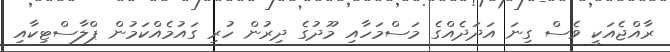
ރާއްޖެއަކީ ވެސް ގިނަ އަދަދެއްގެ މަސްމަހާއި މޫދުގެ ދިރުން ހުރި ގައުމެއްކަމުން ޕްލާސްޓިކާއި